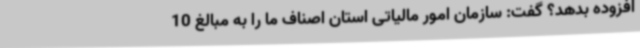
افزوده بدهد؟ گفت: سازمان امور مالیاتی استان اصناف ما را به مبالغ 10